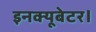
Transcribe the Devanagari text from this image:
इनक्यूबेटर।